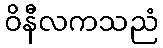
ဝိနီလကသညံ